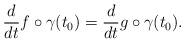
LaTeX: \begin{align*}\frac{d}{dt}f\circ \gamma(t_0)=\frac{d}{dt}g\circ \gamma(t_0).\end{align*}